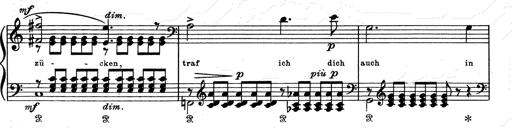
Title: Aus Lohengrin
Composer: Franz Liszt